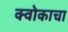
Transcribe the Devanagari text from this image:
क्वोकाचा